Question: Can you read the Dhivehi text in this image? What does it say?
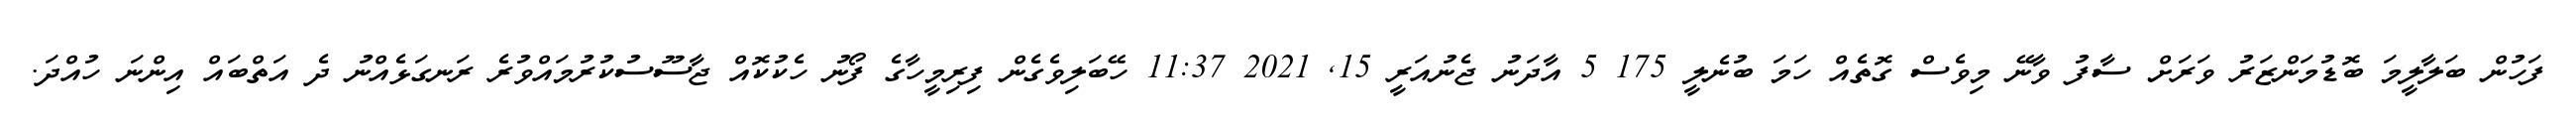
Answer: ފަހުން ބަލާލީމަ ބޮޑުމަންޒަރު ވަރަށް ސާފު ވާނޭ މިވެސް ގޮތެއް ހަމަ ބުނެލީ 175 5 އާދަނު ޖެނުއަރީ 15, 2021 11:37 ހޭބަލިވެގެން ފިރިމީހާގެ ފޯނު ހެކުކޮއް ޖާސޫސުކުރުމައްވުރެ ރަނގަޅެއްނު ދެ އަތްބައް އިންނަ ހުއްދަ.